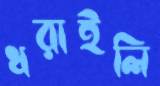
ধরাইলি